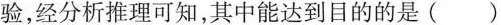
验，经分析推理可知，其中能达到目的的是()